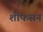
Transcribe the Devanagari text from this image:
शीफसन